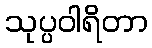
သုပ္ပဝါရိတာ